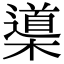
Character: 𣜦